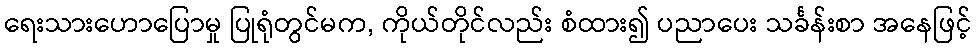
ရေးသားဟောပြောမှု ပြုရုံတွင်မက, ကိုယ်တိုင်လည်း စံထား၍ ပညာပေး သင်္ခန်းစာ အနေဖြင့်